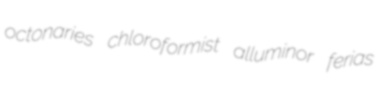
octonaries chloroformist alluminor ferias